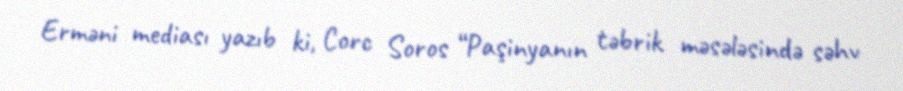
Erməni mediası yazıb ki, Corc Soros “Paşinyanın təbrik məsələsində səhv